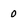
Character: 0